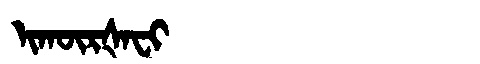
Manchu: ᡳᡴᡡᡵᡧᠠᠸᡳ
Romanization: IKŪRŠAFI